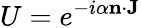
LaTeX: U=e^{-i\alpha\mathbf{n}\cdot\mathbf{J}}